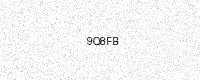
Text: 9Q8FB